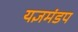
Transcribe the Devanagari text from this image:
यज्ञमंडप